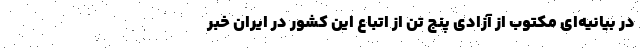
در بیانیه‌ای مکتوب از آزادی پنج تن از اتباع این کشور در ایران خبر